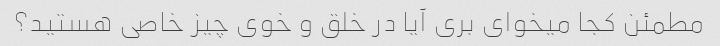
مطمئن کجا میخوای بری آیا در خلق و خوی چیز خاصی هستید؟